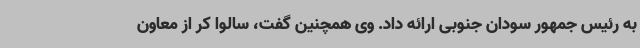
به رئیس جمهور سودان جنوبی ارائه داد. وی همچنین گفت، سالوا کر از معاون